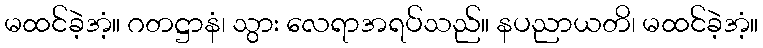
မထင်ခဲ့အံ့။ ဂတဋ္ဌာနံ၊ သွား လေရာအရပ်သည်။ နပညာယတိ၊ မထင်ခဲ့အံ့။